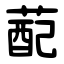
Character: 蓜